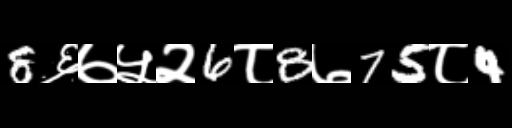
Text: 8६७५२6८8७75८4